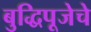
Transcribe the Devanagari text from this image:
बुद्धिपूजेचे